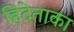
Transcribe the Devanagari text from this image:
हिदेताका